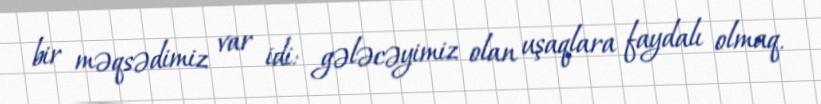
bir məqsədimiz var idi: gələcəyimiz olan uşaqlara faydalı olmaq.